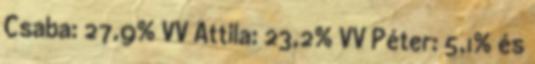
Csaba: 27,9% VV Attila: 23,2% VV Péter: 5,1% és